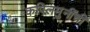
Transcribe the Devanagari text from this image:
कपिलमुनींची